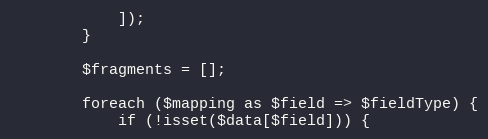
Language: PHP
            ]);
        }

        $fragments = [];

        foreach ($mapping as $field => $fieldType) {
            if (!isset($data[$field])) {